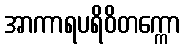
အာကာရပရိဝိတက္ကော